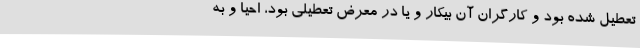
تعطیل شده بود و کارگران آن بیکار و یا در معرض تعطیلی بود، احیا و به